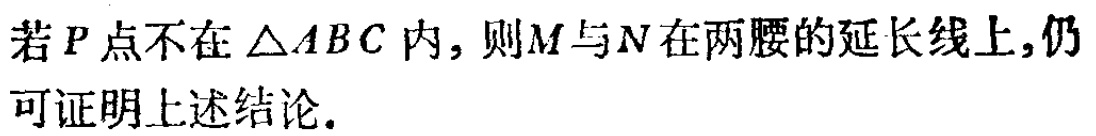
若\(P\)点不在\(\triangle ABC\)内，则\(M\)与\(N\)在两腰的延长线上，仍可证明上述结论.